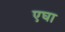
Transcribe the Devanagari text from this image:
एघा